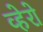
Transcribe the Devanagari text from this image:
व्हेरो